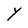
Character: Y